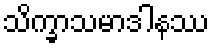
သိက္ခာသမာဒါနဿ